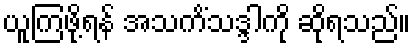
ယူကြဖို့ရန် အသကိံသဒ္ဒါကို ဆိုရသည်။